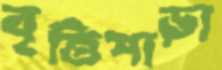
বৃত্তিপাড়া